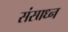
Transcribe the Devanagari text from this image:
संसाध्न